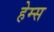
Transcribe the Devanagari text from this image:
हेम्‍स